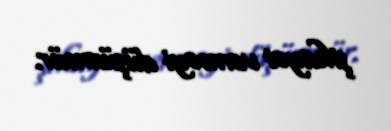
şikayət verməyi düşünmür.